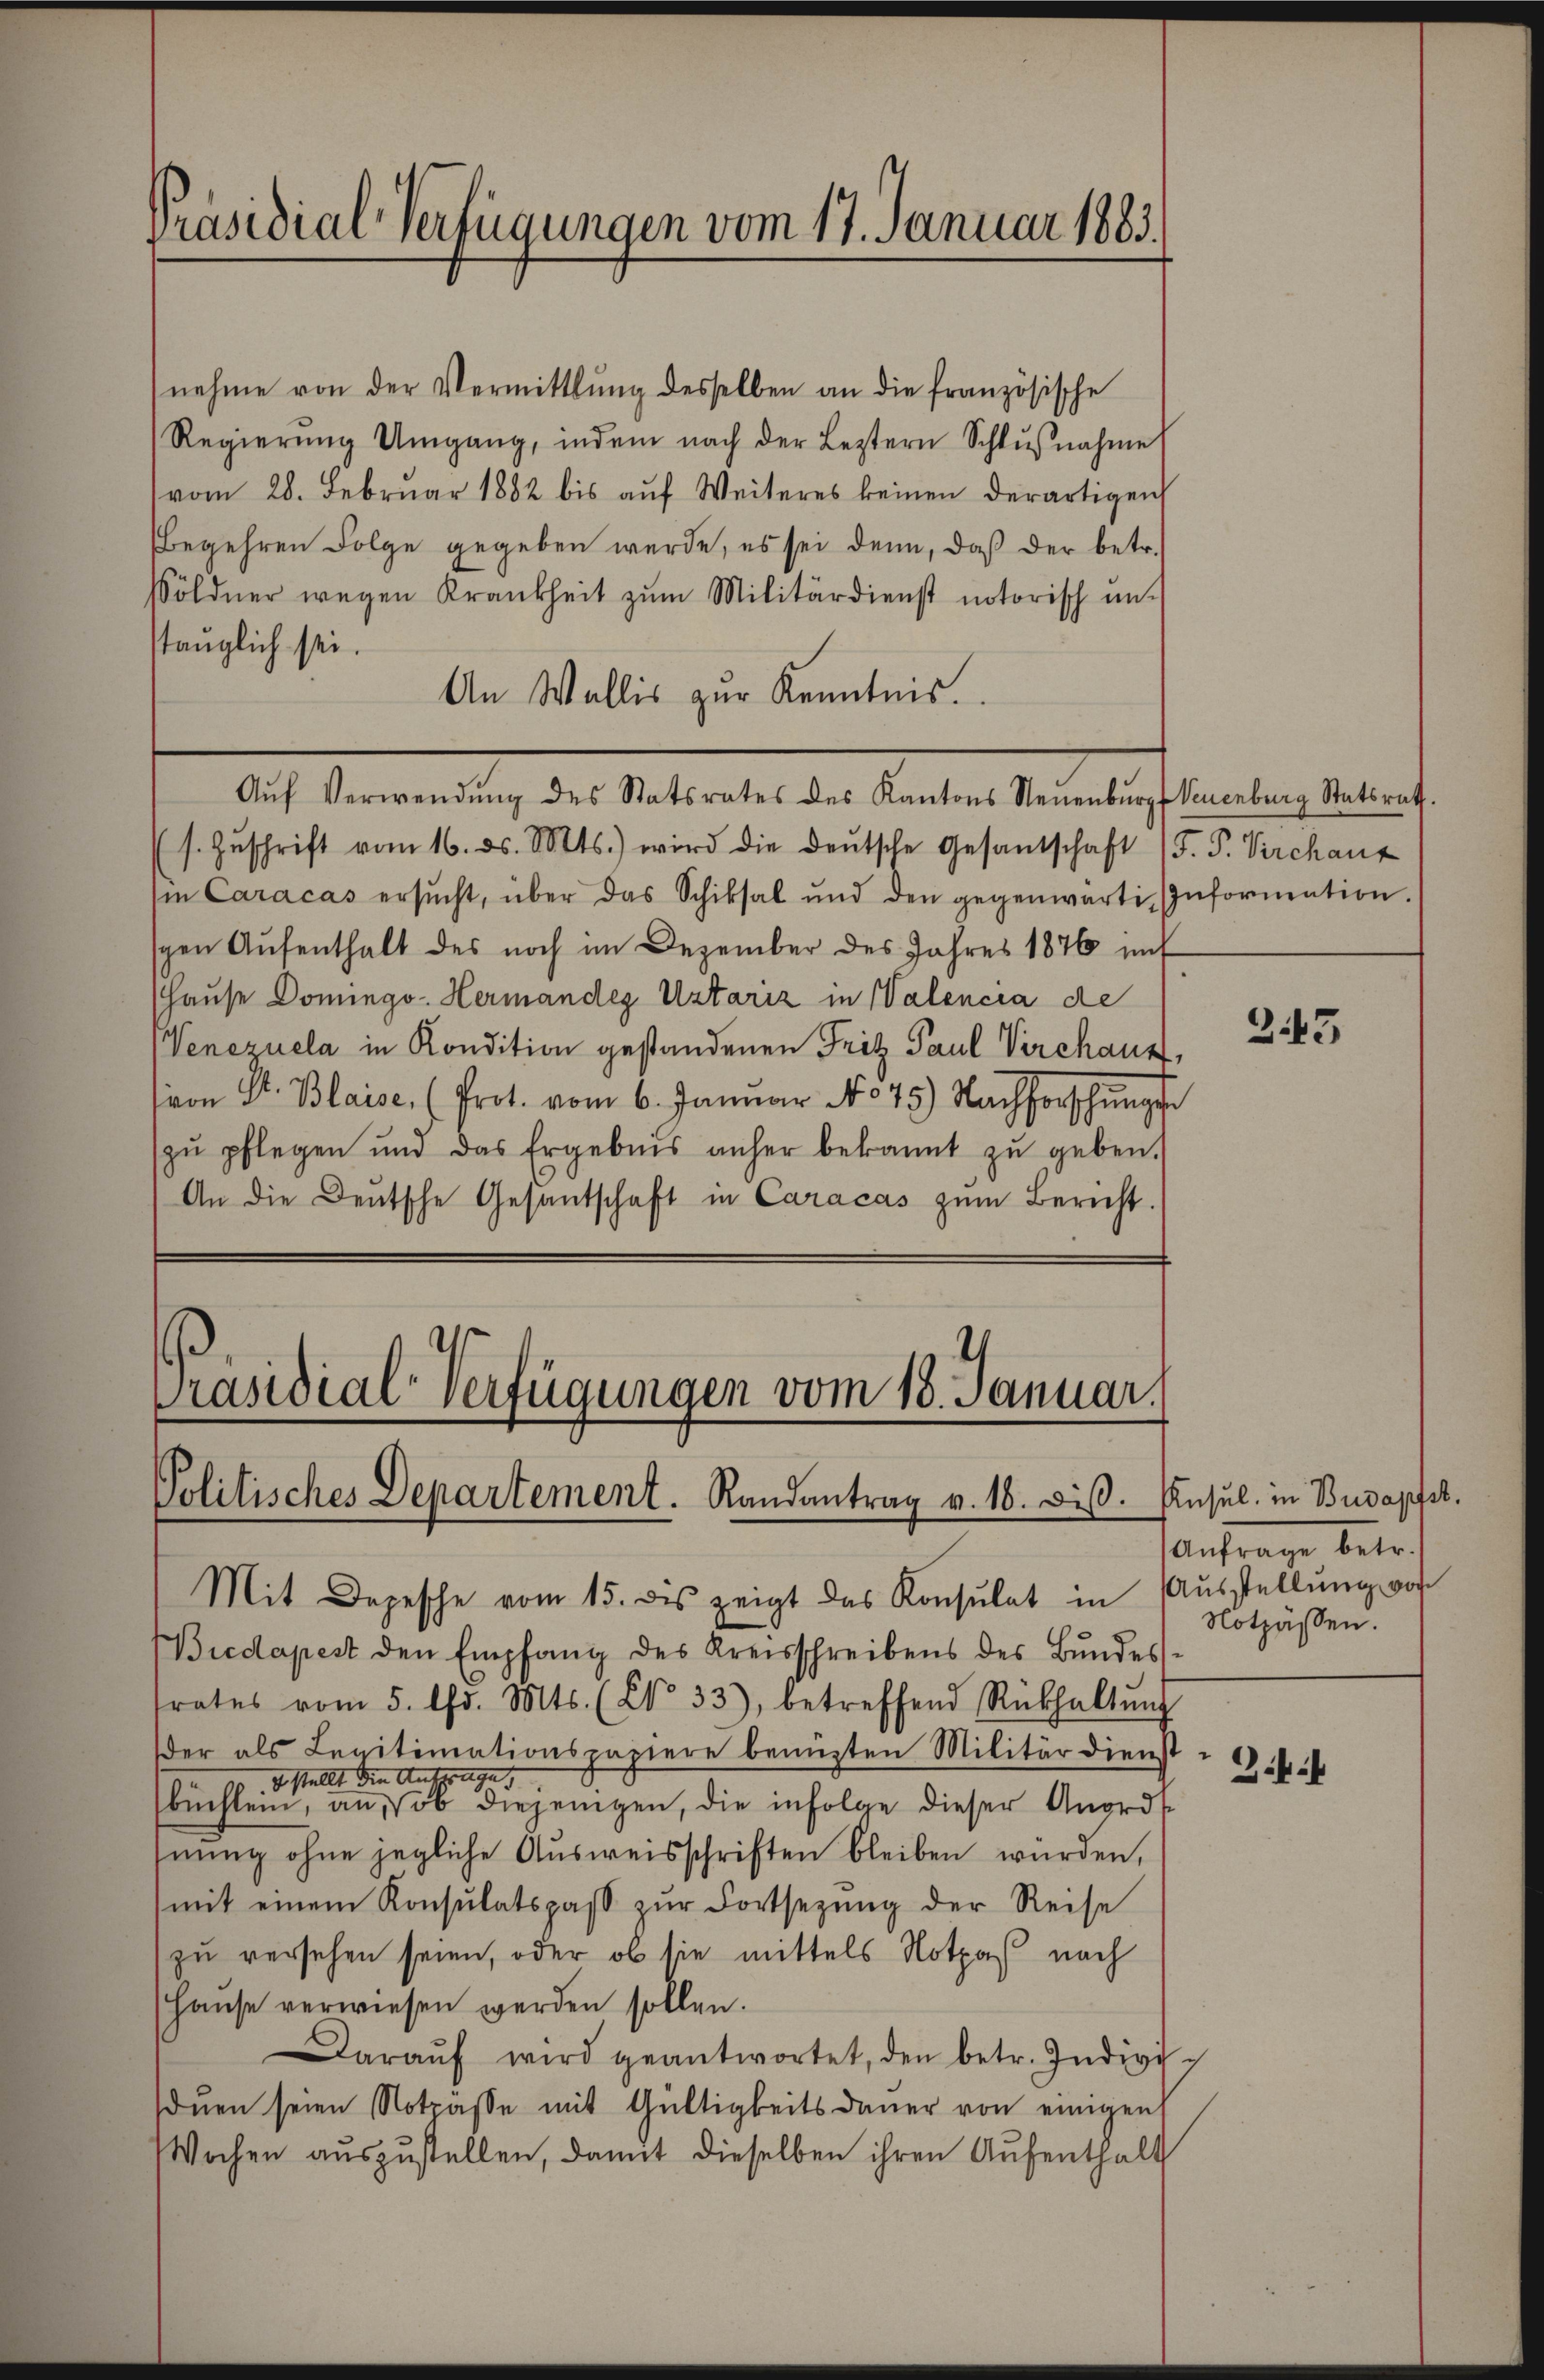
Präsidial-Verfügungen vom 17. Januar 1883.

nehme von der Vermittlung desselben an die französische
Regierŭng Umgang, indem nach der Leztern Schlŭβnahme
vom 28. Febrŭar 1882 bis aŭf Weiteres keinen derartigen
(begehren Folge gegeben werde, es sei denn, daß der betr.
Söldner wegen Krankheit zŭm Militärdienst notorisch un-
stauglich sei.
An Wallis zur Kenntnis.
Aŭf Verwendŭng des Statsrates des Kantons Neuenburg (Neuenburg Statsrath.
(s. Zŭschrift vom 16. ds. Mts.) wird die deŭtsche Gesantschaft (F. P. Virchaut
si Caracas ersŭcht, über das Schiksal und den gegenwärtig Information.
gen Aufenthalt des noch im Dezember des Jahres 1876 mit
(Hause Domingo- Hermandes Ustariz in Walencia de
Venezuela in Kondition gestandenen Fritz Paul Verchaut,
sion St. Blaise, (Prot. vom 6. Januar No 45) Nachforschŭngs
zŭ pflegen und das Ergebnis anher bekannt zŭ geben.
An die Deutsche Gesandschaft in Caracas zum Bericht.

Präsidial-Verfügungen vom 18. Januar.
Politisches Departement. Randantrag v. 16. diβ.

Mit Depesche vom 15. des zeigt das Konsulat in Aŭsstellŭng vor
Biedapest den Empfang des Kreisschreibens des Bundes
trates vom 5. Chr. Mts. (NNo. 33), betreffend Rückhaltŭng
er als Legitimationspapiere benützten Militärdienst
E stellt die Ansprüge,
büchlein, an, ob diejenigen, die infolge dieser Anord
hnung ohne jegliche Ausweisschriften bleiben wurden,
mit einem Konsulatspaβ zŭr Fortsetzŭng der Reise
zu versehen seien, oder ob sie mittels Nota nach
(Haŭse verwiesen werden sollen.
araŭf wird geantwortet, den betr. Indivi-
duen seien Notzässe mit Gültigkeitsdauer von einigen
Wochen auszustellen, damit dieselben ihren Aufenthalt

2.43

Ansul in Budapest.
Anfrage betr.
Notzässen.

3ff